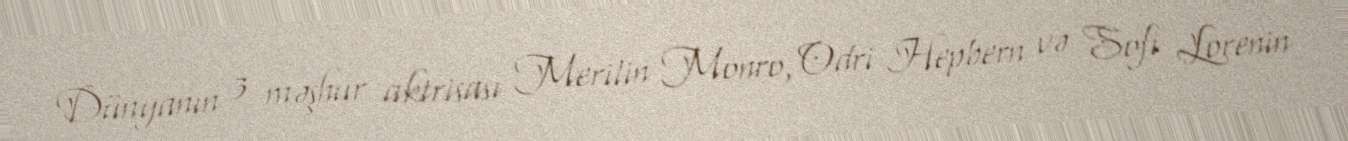
Dünyanın 3 məşhur aktrisası Merilin Monro, Odri Hepbern və Sofi Lorenin